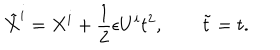
{ \tilde { X } ^ { i } } = X ^ { i } + \frac { 1 } { 2 } \epsilon U ^ { i } t ^ { 2 } , \qquad { \tilde { t } } = t .